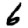
Digit: 6